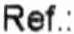
REF.: